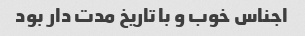
اجناس خوب و با تاریخ مدت دار بود